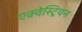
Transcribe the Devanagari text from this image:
एक्वेस्ट्रियन